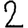
Digit: 2